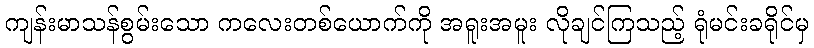
ကျန်းမာသန်စွမ်းသော ကလေးတစ်ယောက်ကို အရူးအမူး လိုချင်ကြသည့် ရုံမင်းခရိုင်မှ